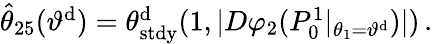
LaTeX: \begin{array}{r}{\hat{\theta}_{25}(\vartheta^{\mathrm{d}})=\theta_{\mathrm{stdy}}^{\mathrm{d}}(1,|D\varphi_{2}(P_{0}^{1}|_{\theta_{1}=\vartheta^{\mathrm{d}}})|)\, .}\end{array}